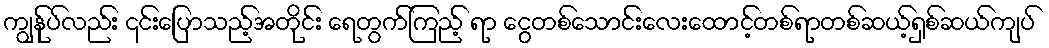
ကျွန်ုပ်လည်း ၎င်းပြောသည့်အတိုင်း ရေတွက်ကြည့် ရာ ငွေတစ်သောင်းလေးထောင့်တစ်ရာတစ်ဆယ့်ရှစ်ဆယ်ကျပ်